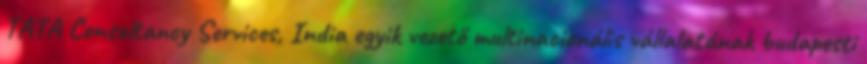
TATA Consultancy Services, India egyik vezető multinacionális vállalatának budapesti